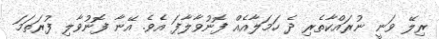
ރިލޭ ވަނީ ނުރައްކާތެރި ދެ ހަމަލާއެއް ފޮނުވާލާފަ އެވެ. އޭނާ ފޮނުވާލި ފުރަތަމަ